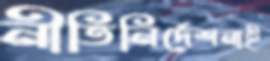
নীতিনির্দেশনাই